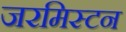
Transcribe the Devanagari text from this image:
जरमिस्टन